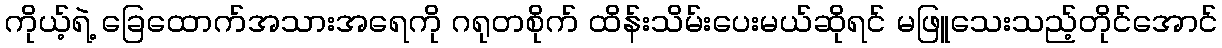
ကိုယ့်ရဲ့ ခြေထောက်အသားအရေကို ဂရုတစိုက် ထိန်းသိမ်းပေးမယ်ဆိုရင် မဖြူသေးသည့်တိုင်အောင်